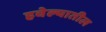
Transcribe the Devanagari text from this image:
हवेल्यातील